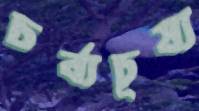
চর্ব্যচূষ্য